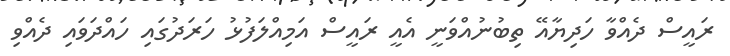
ރައީސް ދެއްވާ ހަދިޔާއޭ ތިބުނުއްވަނީ އެއީ ރައީސް އަމިއްލަފުޅު ހަރަދުގައި ހައްދަވައި ދެއްވި